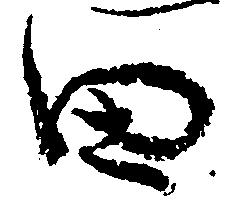
田